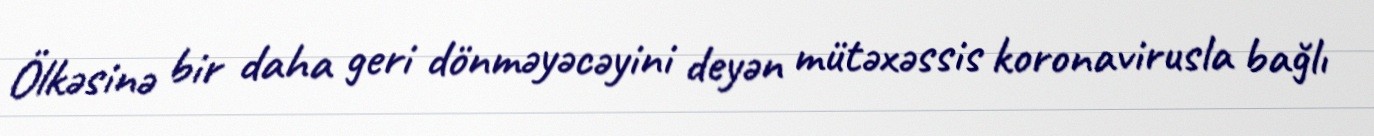
Ölkəsinə bir daha geri dönməyəcəyini deyən mütəxəssis koronavirusla bağlı